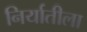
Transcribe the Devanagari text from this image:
निर्यातीला